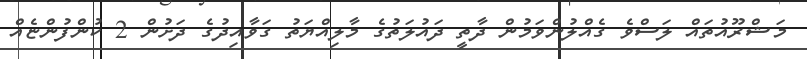
މަޝްރޫއުތައް ލަސްވެ ގެއްލުންވަމުން ދާތީ ދައުލަތުގެ މާލިއްޔަތު ގަވާއިދުގެ ދަށުން 2 ކުންފުންޏެއް